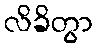
လိခိတွာ